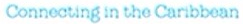
Connecting in the Caribbean